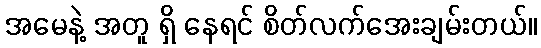
အမေနဲ့ အတူ ရှိ နေရင် စိတ်လက်အေးချမ်းတယ်။